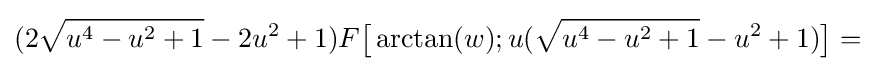
(2{\sqrt {u^{4}-u^{2}+1}}-2u^{2}+1)F{\bigl [}\arctan(w);u({\sqrt {u^{4}-u^{2}+1}}-u^{2}+1){\bigr ]}=